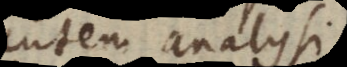
autem analysi